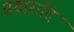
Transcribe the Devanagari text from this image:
प्रचारादि